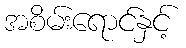
အစိမ်းရောင်နှင့်